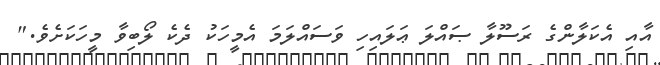
އާއި އެކަލާންގެ ރަސޫލާ ޞައްލަ ޢަލައިހި ވަސައްލަމަ އެމީހަކު ދެކެ ލޯބިވާ މީހަކަށެވެ."